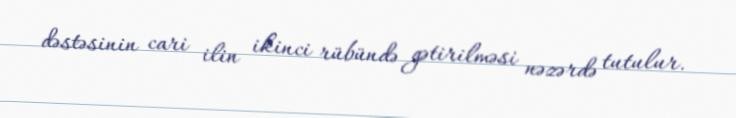
dəstəsinin cari ilin ikinci rübündə gətirilməsi nəzərdə tutulur.